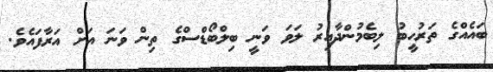
ބައެއްގެ ތަރުހީބު ލިބެމުންދާއިރު ލަވަ ވަނީ ބިލްބޯޑްސްގެ ތިން ވަނަ އަށް އަރާފައެވެ.